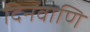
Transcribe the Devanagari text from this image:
दिनवाणि